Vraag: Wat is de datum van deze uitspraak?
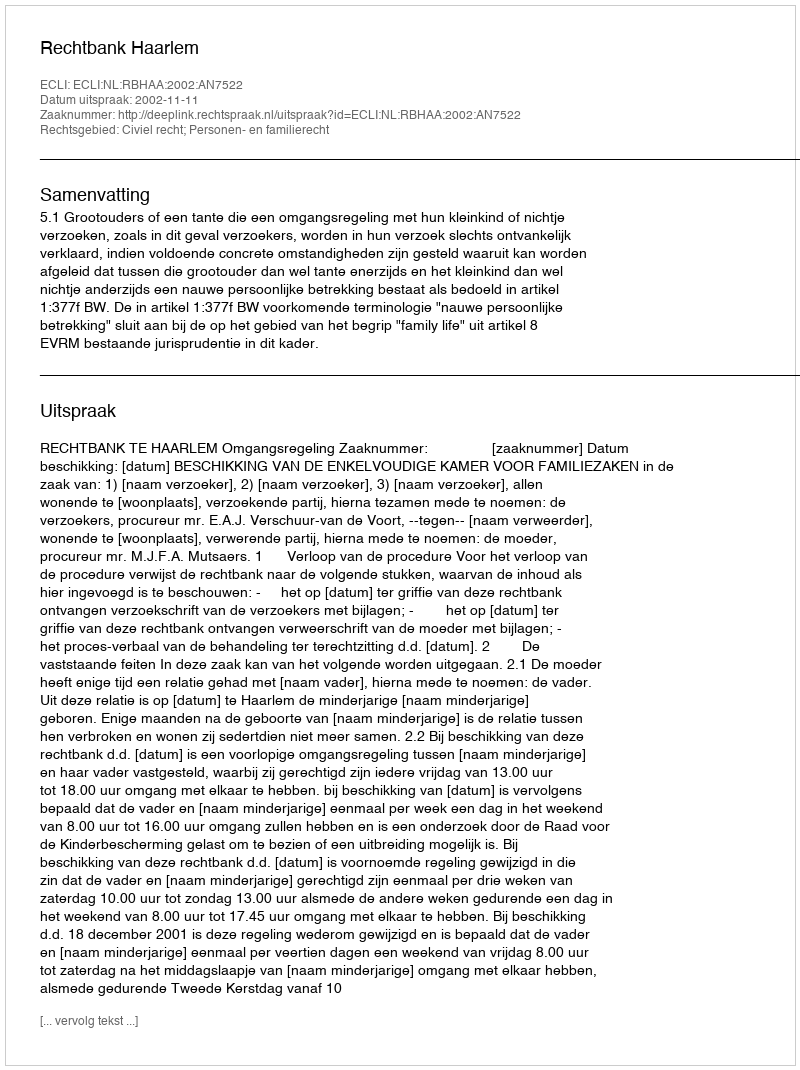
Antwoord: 2002-11-11